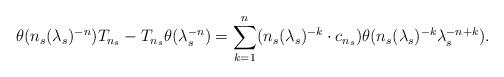
LaTeX: \begin{align*}\theta(n_s(\lambda_s)^{-n})T_{n_s} - T_{n_s}\theta(\lambda_s^{-n}) = \sum_{k = 1}^n(n_s(\lambda_s)^{-k}\cdot c_{n_s})\theta(n_s(\lambda_s)^{-k}\lambda_s^{-n+k}).\end{align*}